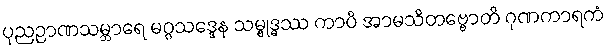
ပုညဉာဏသမ္ဘာရေ မဂ္ဂသဒ္ဒေန သမ္ဗုဒ္ဓဿ ကာပိ အာမသိတဗ္ဗောတိ ဂုဏကာရကံ